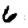
Digit: 6